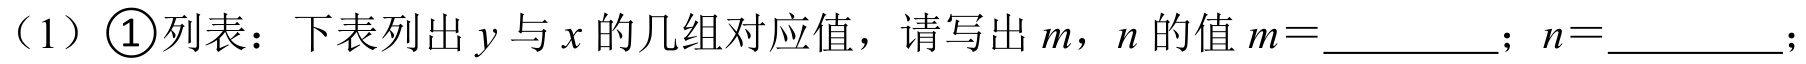
（1）\textcircled{1}列表：下表列出$y$与$x$的几组对应值，请写出$m$，$n$的值$m = $_________；$n = $_________；